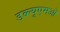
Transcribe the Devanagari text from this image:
डब्ल्यूएमओ